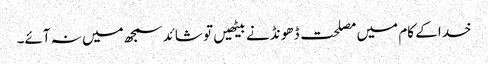
خدا کے کام میں مصلحت ڈھو نڈنے بیٹھیں تو شائد سمجھ میں نہ آئے۔